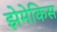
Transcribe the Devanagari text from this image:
झेमेकिस